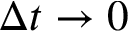
\Delta t \to 0